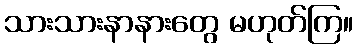
သားသားနာနားတွေ မဟုတ်ကြ။